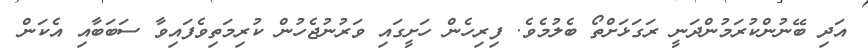
އަދި ބޭނުންކުރަމުންދަނީ ރަގަޅަށްތޯ ބެލުމެވެ. ފިރިހެން ހަށީގައި ވަރުނުޖެހުން ކުރިމަތިވެފައިވާ ސަބަބާއި އެކަން